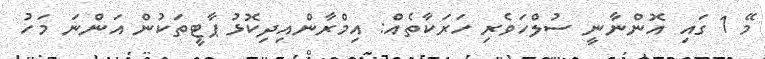
މޭ 1 ގައި އޮންނާނީ ސުލްހަވެރި ހަރަކާތެއް: އިމްރާންއިދިކޮޅު ޕާޓީތަކުން އަންނަ މަހު